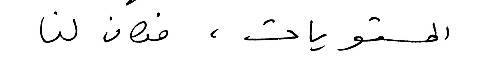
المستويات ، فكان لنا